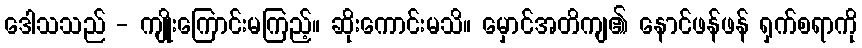
ဒေါသသည် - ကျိုးကြောင်းမကြည့်။ ဆိုးကောင်းမသိ။ မှောင်အတိကျ၏ နောင်ဖန်ဖန် ရှက်စရာကို